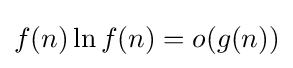
f(n)\ln f(n)=o(g(n))